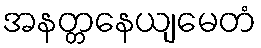
အနတ္တနေယျမေတံ